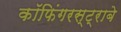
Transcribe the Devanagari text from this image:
कॉफिंगरस्ट्राबे